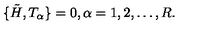
\{ \tilde { H } , T _ { \alpha } \} = 0 , \alpha = 1 , 2 , \dots , R .